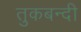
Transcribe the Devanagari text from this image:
तुकबन्दी